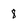
Character: 8